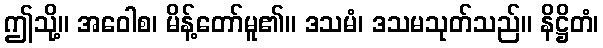
ဤသို့။ အဝေါစ၊ မိန့်တော်မူ၏။ ဒသမံ၊ ဒသမသုတ်သည်။ နိဋ္ဌိတံ၊